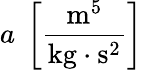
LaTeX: a~\left[\frac{\mathrm{m}^{5}}{\mathrm{kg}\cdot\mathrm{s}^{2}}\right]